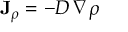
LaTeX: \mathbf { J } _ { \rho } = - D \, \nabla \rho